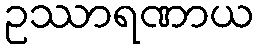
ဥဿာရဏာယ